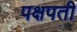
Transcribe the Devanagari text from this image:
पक्षपती